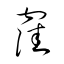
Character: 窪